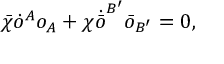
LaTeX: \bar { \chi } \dot { o } ^ { A } o _ { A } + \chi \dot { \bar { o } } ^ { B ^ { \prime } } \bar { o } _ { B ^ { \prime } } = 0 ,